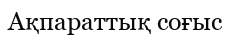
Ақпараттық соғыс